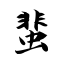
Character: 蜚